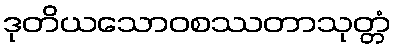
ဒုတိယသောဝစဿတာသုတ္တံ